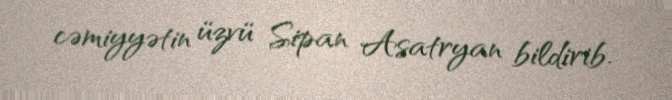
cəmiyyətin üzvü Sipan Asatryan bildirib.